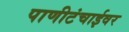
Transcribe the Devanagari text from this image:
पाणीटंचाईवर